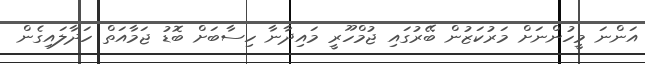
އަންނަ މީހުންނަށް މަރުކަޒުން ބޭރުގައި ޖުމްހޫރީ މައިދާނާ ހިސާބަށް ބޮޑު ޖަމާއަތް ހަދާލައިގެން